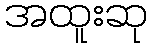
အထူးဆု